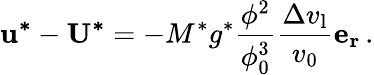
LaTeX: \mathbf{u^{*}}-\mathbf{U^{*}}=-M^{*}g^{*}\frac{\phi^{2}}{\phi_{0}^{3}}\frac{\Delta v_{\mathrm{l}}}{v_{\mathrm{0}}}\mathbf{e_{r}}\, .